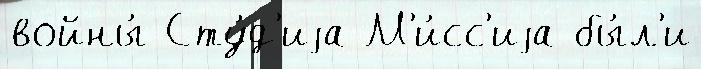
войны́ Сту́д'иjа М'и́сс'иjа бы́л'и